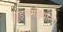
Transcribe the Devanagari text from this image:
शुङ्गमोक्ष्यन्ति।